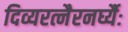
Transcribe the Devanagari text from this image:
दिव्यरत्नैरनर्घ्यैः